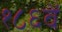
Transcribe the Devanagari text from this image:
१८६वें